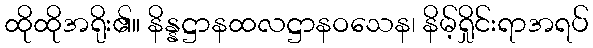
ထိုထိုအရိုး၏။ နိန္နဋ္ဌာနထလဋ္ဌာနဝသေန၊ နိမ့်ရှိုင်းရာအရပ်